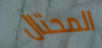
المحتال